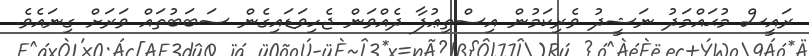
ރައީސް މުޙައްމަދު ނަޝީދު ވެރިކަމުން އިސްތިޢުފާ ދެއްވަން ޖެހިވަޑައިގެން ސަބަބުތައް ވަރަށް ގިނައެވެ.